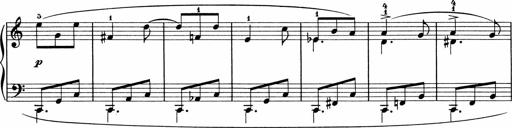
Title: 5 Sonatinen fÃ¼r die Jugend
Composer: Carl Reinecke